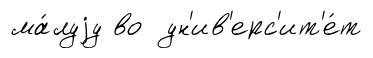
ма́луjу во ун'ив'ерс'ит'е́т